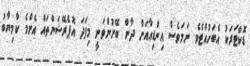
ޑޮކްޓަރަކު އެބަހުއްޓެވެ. ނަމަވެސް އިންޑިއާއަށް ދާން ބޭނުންވަނީ މިފަދަ އޮޕެރޭޝަންތައް އެންމެ ކާމިޔާބު